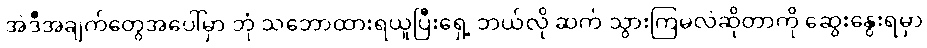
အဲဒီအချက်တွေအပေါ်မှာ ဘုံ သဘောထားရယူပြီးရှေ့ ဘယ်လို ဆက် သွားကြမလဲဆိုတာကို ဆွေးနွေးရမှာ